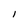
Character: l